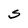
Character: S